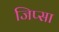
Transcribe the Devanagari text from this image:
जिप्सा